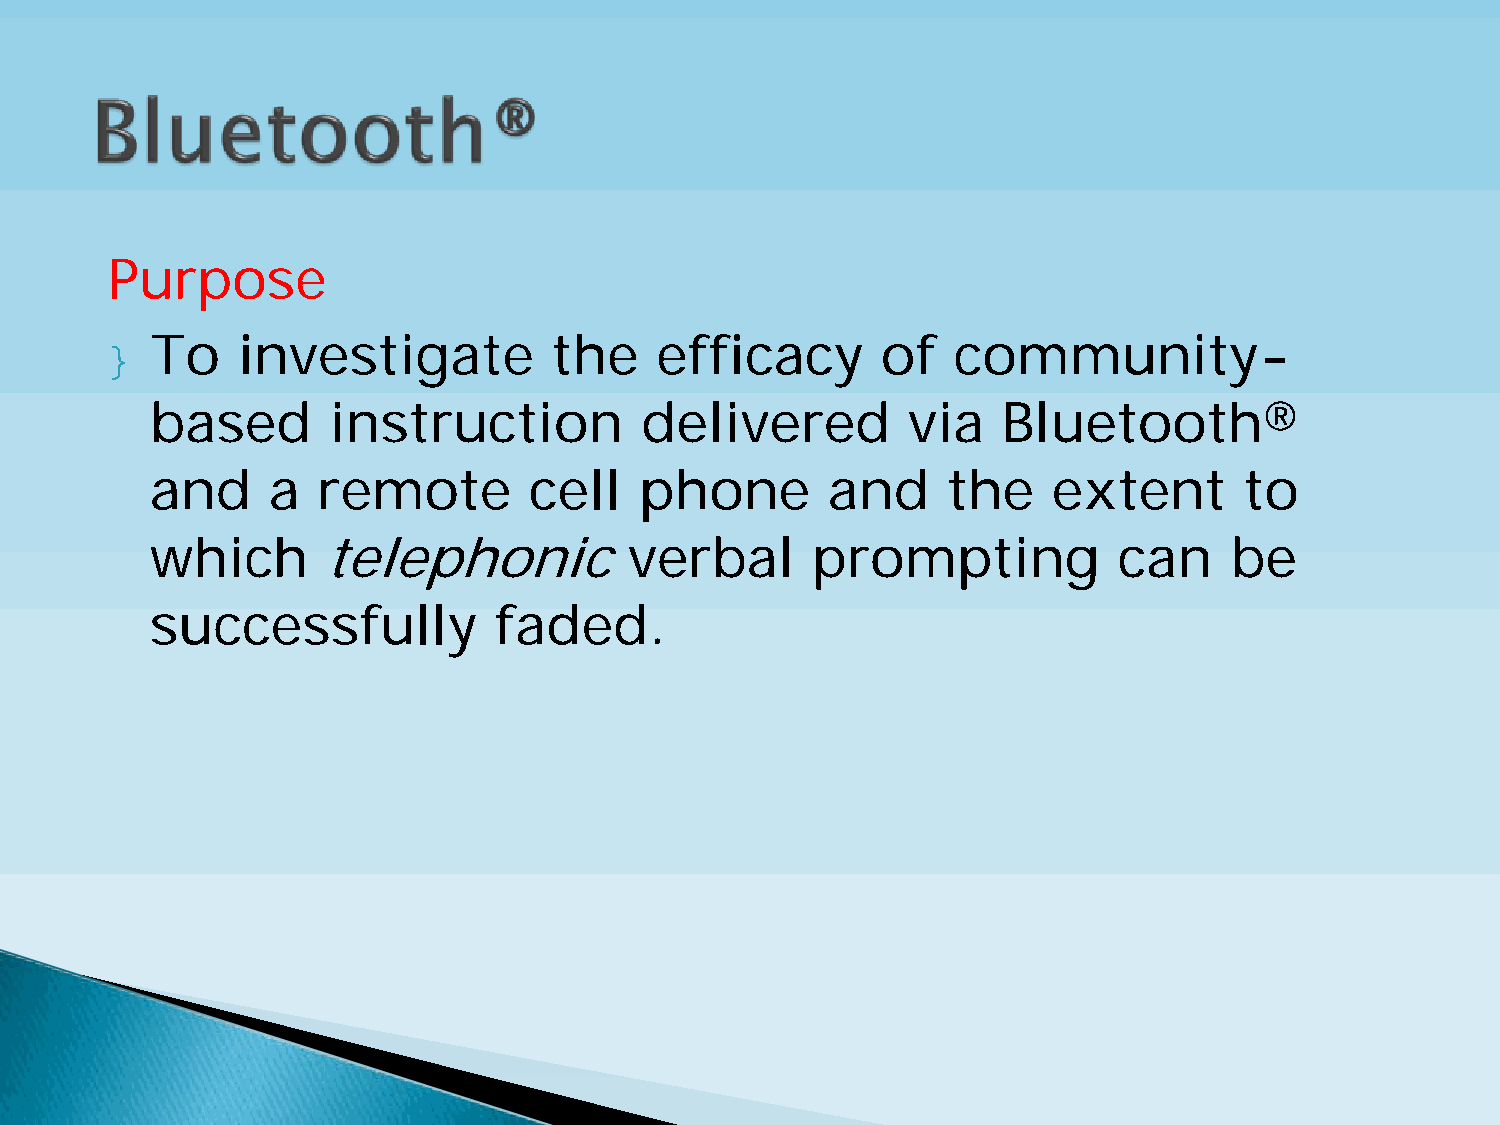
Purpose
 }  To    investigate          the   efficacy       of   community-
 based       instruction         delivered         via   Bluetooth®
 and     a  remote        cell   phone        and     the    extent      to
 which      telephonic           verbal      prompting           can    be
 successfully           faded.